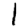
Digit: 1